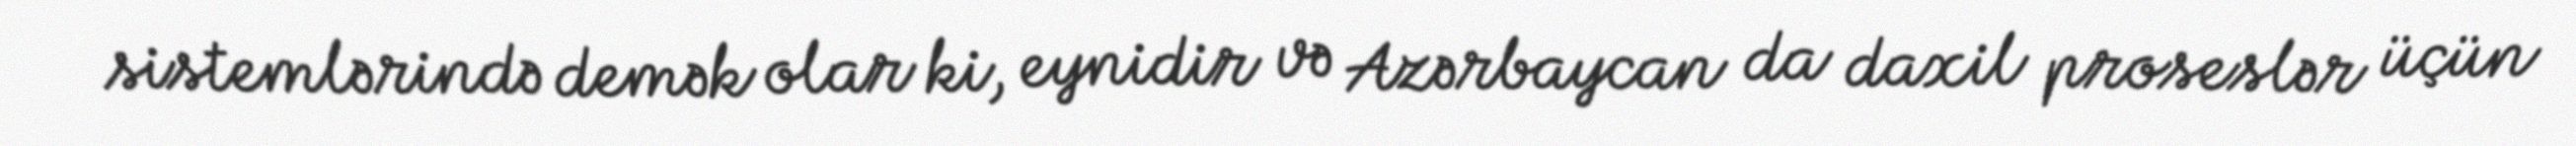
sistemlərində demək olar ki, eynidir və Azərbaycan da daxil proseslər üçün